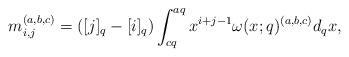
LaTeX: \begin{align*}m_{i,j}^{(a,b,c)}=([j]_q-[i]_q)\int_{cq}^{aq} x^{i+j-1}\omega(x;q)^{(a,b,c)}d_qx,\end{align*}